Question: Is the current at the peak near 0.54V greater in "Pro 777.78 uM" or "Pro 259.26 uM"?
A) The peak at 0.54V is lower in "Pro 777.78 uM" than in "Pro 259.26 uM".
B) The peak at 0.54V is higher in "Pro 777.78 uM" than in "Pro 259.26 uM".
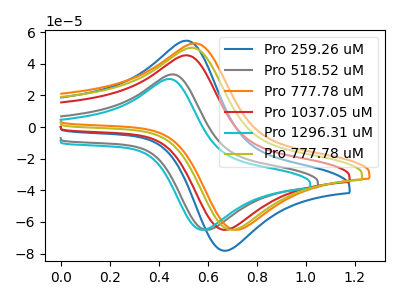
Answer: <think>The blue curve "Pro 259.26 uM" has an anodic peak at (0.50V, 54.65uA) and a cathodic peak at (0.70V, -78.10uA). The gray curve "Pro 518.52 uM" has an anodic peak at (0.45V, 33.35uA) and a cathodic peak at (0.60V, -64.90uA). The orange curve "Pro 777.78 uM" has an anodic peak at (0.55V, 52.95uA) and a cathodic peak at (0.75V, -64.90uA). The red curve "Pro 1037.05 uM" has an anodic peak at (0.50V, 45.40uA) and a cathodic peak at (0.70V, -64.90uA). The cyan curve "Pro 1296.31 uM" has an anodic peak at (0.45V, 30.40uA) and a cathodic peak at (0.60V, -64.90uA). The olive curve "Pro 777.78 uM" has an anodic peak at (0.55V, 50.15uA) and a cathodic peak at (0.70V, -64.90uA).</think>
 <answer>A) The peak at 0.54V is lower in "Pro 777.78 uM" than in "Pro 259.26 uM".</answer>
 <eval>A</eval>